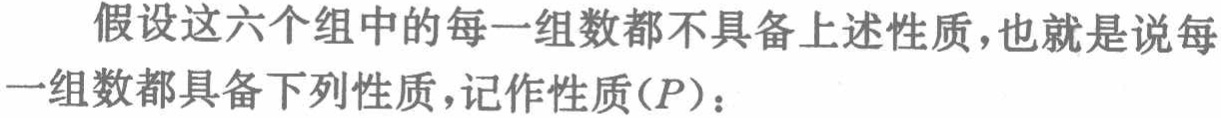
假设这六个组中的每一组数都不具备上述性质，也就是说每一组数都具备下列性质，记作性质\((P)\)：